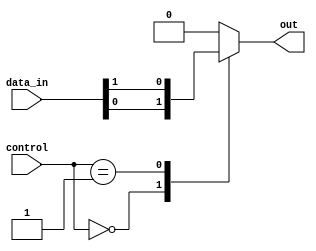
module mux_1024_to_1 (
    input [1023:0] data_in,
    input [9:0] control,
    output reg out
);

always @(*)
begin
    case (control)
        10'b0000000000: out = data_in[0];
        10'b0000000001: out = data_in[1];
        // Add cases for the rest of the input signals
        // up to 10'b1111111111
        default: out = 0; // set default output to 0 if control signal is invalid
    endcase
end

endmodule